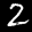
Label: 2